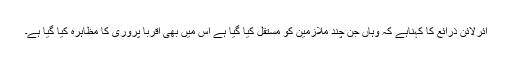
ائرلائن ذرائع کا کہناہے کہ وہاں جن چند ملازمین کو مستقل کیا گیا ہے اس میں بھی اقربا پروری کا مظاہرہ کیا گیا ہے۔